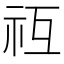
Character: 𥘡